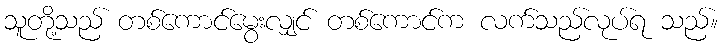
သူတို့သည် တစ်ကောင်မွေးလျှင် တစ်ကောင်က လက်သည်လုပ်ရ သည်။